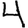
Digit: 4